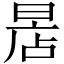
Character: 𣈔